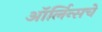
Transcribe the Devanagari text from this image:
ऑर्लिन्सचे